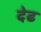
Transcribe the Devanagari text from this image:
देढ